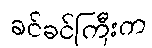
ခင်ခင်ကြီးက